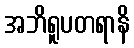
အဘိရူပတရာနိ